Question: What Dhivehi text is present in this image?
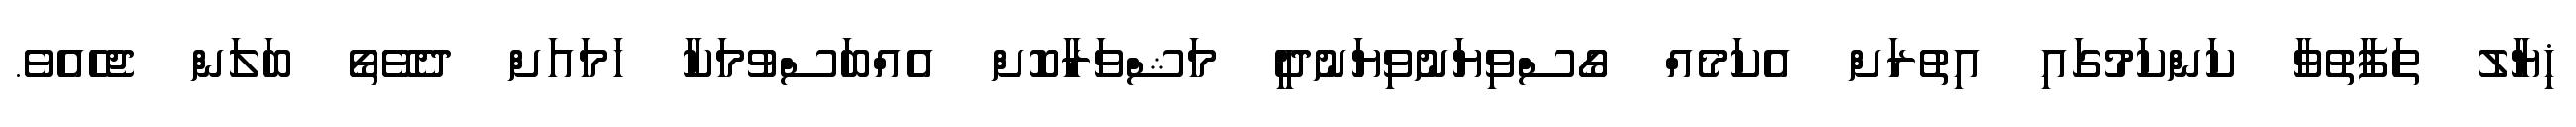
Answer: ޚިޔާލު ތަފާތުވާ ކަންކަމުގައި އިތުރަށް އެކަމެއް ގޯސްވިޔަނުވިޔަނުދީ މަޝްވަރާކޮށް އެއްބަސްވުމަކާ ހަމައަށް ދެވޭތޯ ބަލަން ޖެހެއެވެ.